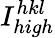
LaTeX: I_{high}^{hkl}